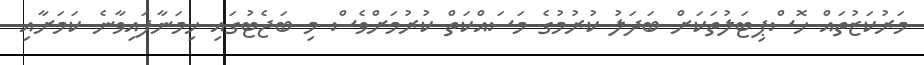
މަރުކަޒުތައް ހޮސްޕިޓަލުތަކަށް ބަދަލު ކުރުމުގެ މަސައްކަތް ކުރުމަށްވެސް މި ބަޖެޓުގައި ހިމަނާފައިވާނެ ކަމަށާއި